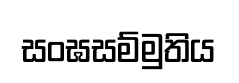
සංඝසම්මුතිය